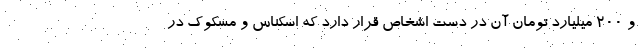
و ۲۰۰ میلیارد تومان آن در دست اشخاص قرار دارد که اسکناس و مسکوک در